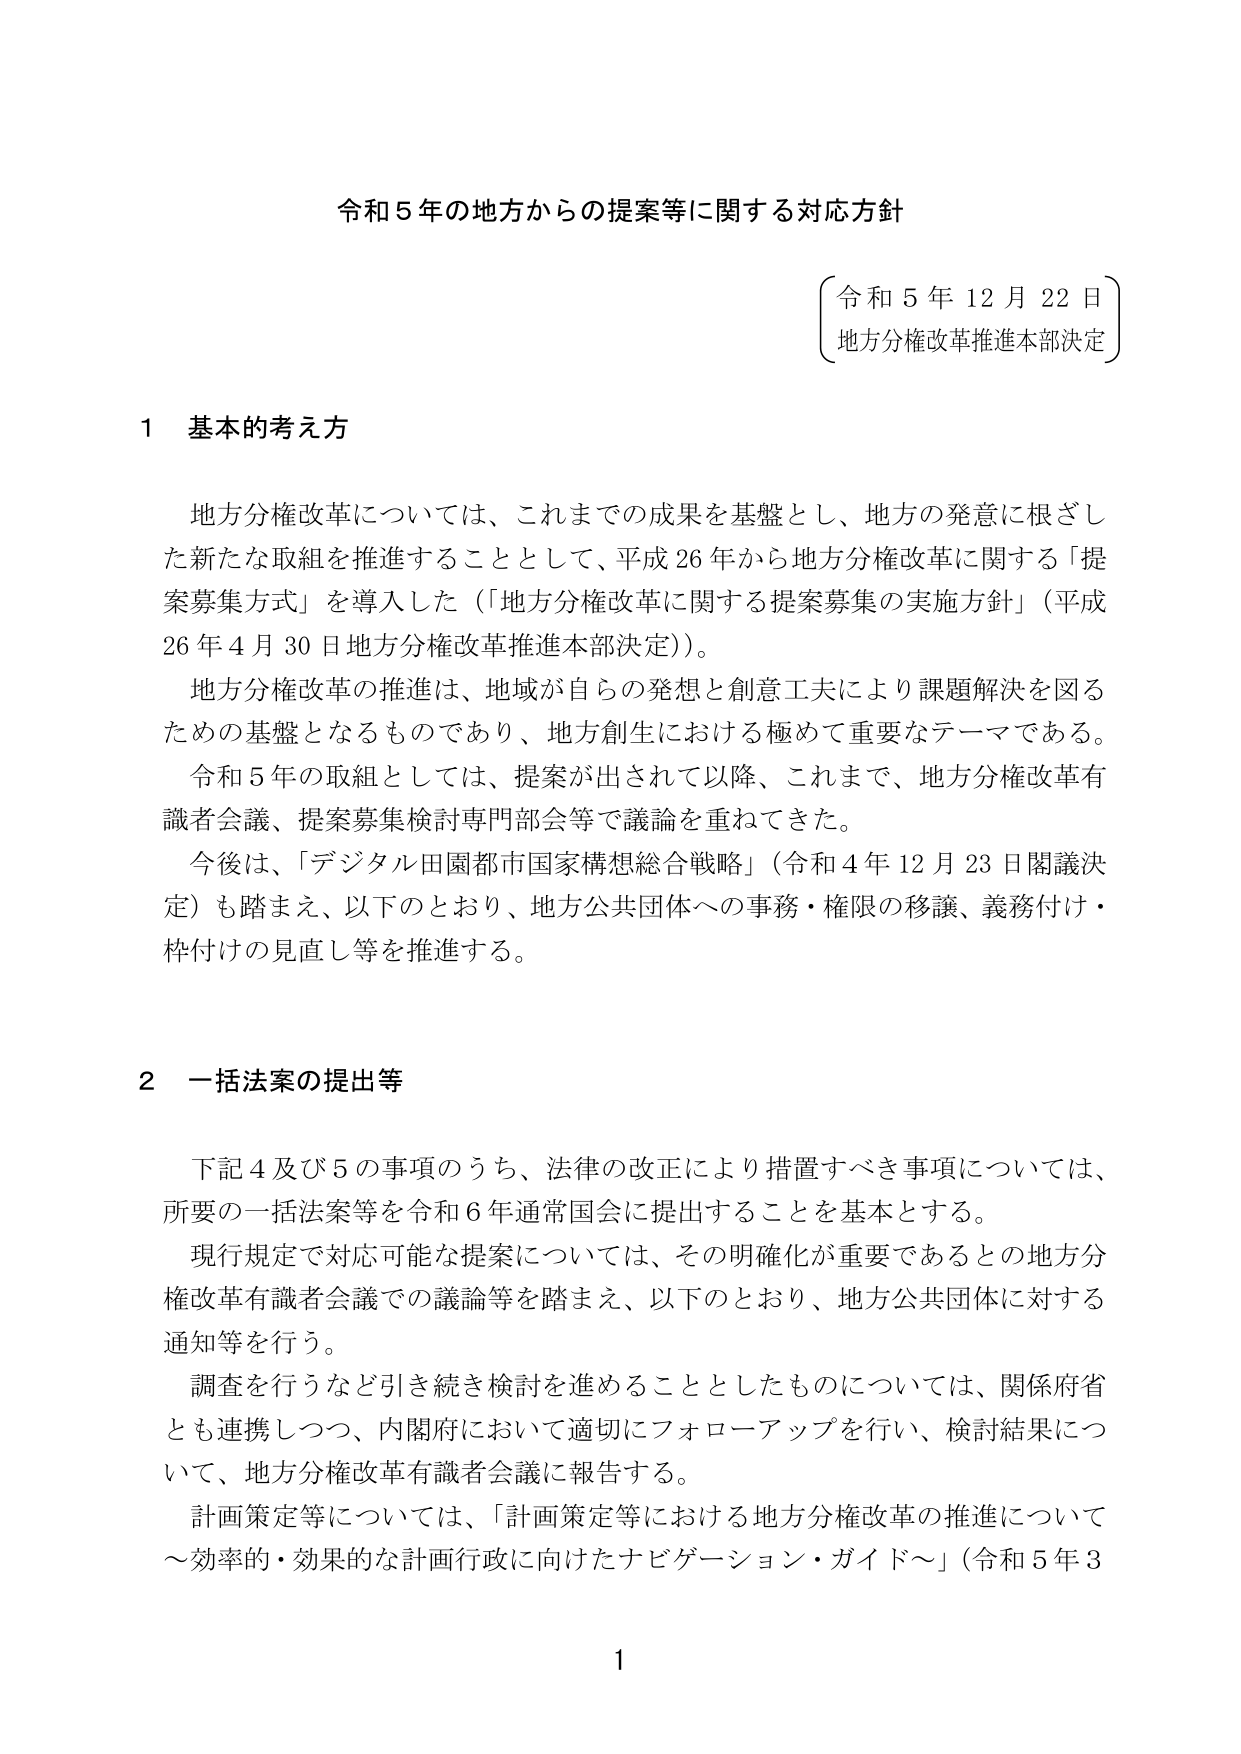
令和５年の地方からの提案等に関する対応方針

〔令和５年12月22日〕
地方分権改革推進本部決定

１ 基本的考え方

地方分権改革については、これまでの成果を基盤とし、地方の発意に根ざした新たな取組を推進することとして、平成26年から地方分権改革に関する「提案募集方式」を導入した（「地方分権改革に関する提案募集の実施方針」（平成26年4月30日地方分権改革推進本部決定））。

地方分権改革の推進は、地域が自らの発想と創意工夫により課題解決を図るための基盤となるものであり、地方創生における極めて重要なテーマである。

令和５年の取組としては、提案が出されて以降、これまで、地方分権改革有識者会議、提案募集検討専門部会等で議論を重ねてきた。

今後は、「デジタル田園都市国家構想総合戦略」（令和４年12月23日閣議決定）も踏まえ、以下のとおり、地方公共団体への事務・権限の移譲、義務付け・枠付けの見直し等を推進する。

２ 一括法案の提出等

下記４及び５の事項のうち、法律の改正により措置すべき事項については、所要の一括法案等を令和６年通常国会に提出することを基本とする。

現行規定で対応可能な提案については、その明確化が重要であるとの地方分権改革有識者会議での議論等を踏まえ、以下のとおり、地方公共団体に対する通知等を行う。

調査を行うなど引き続き検討を進めることとしたものについては、関係府省とも連携しつつ、内閣府において適切にフォローアップを行い、検討結果について、地方分権改革有識者会議に報告する。

計画策定等については、「計画策定等における地方分権改革の推進について～効率的・効果的な計画行政に向けたナビゲーション・ガイド～」（令和５年3

1